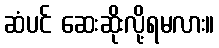
ဆံပင် ဆေးဆိုးလို့ရမလား။